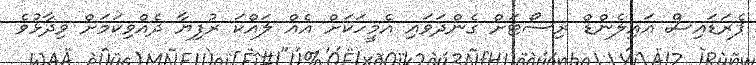
ޕެރަޑައިސް އައިލެންޑް ރިސޯޓަށް ގެންދަވައި އެމީހަކަށް އެއް ލައްކަ ރުފިޔާ ދެއްވިކަމަށް ވިދާޅުވެ